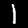
Digit: 1